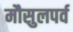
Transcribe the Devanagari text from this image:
मौसुलपर्व